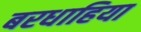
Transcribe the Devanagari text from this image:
बरधाहिया